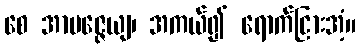
စေ အာပဇ္ဇေယျ၊ အကယ်၍ ရောက်ငြားအံ့။